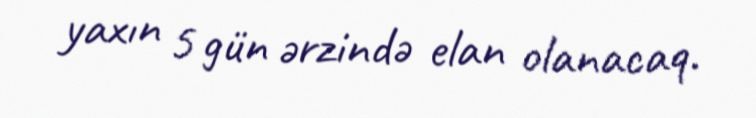
yaxın 5 gün ərzində elan olanacaq.